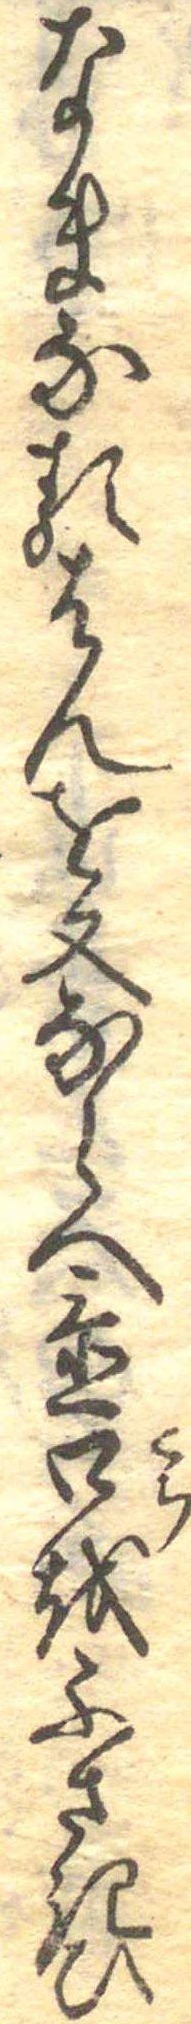
なまなるはんを又ならへ置口をふさきひ